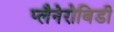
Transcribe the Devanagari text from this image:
प्लैनेरोबिडी